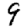
Digit: 9